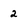
Character: 2